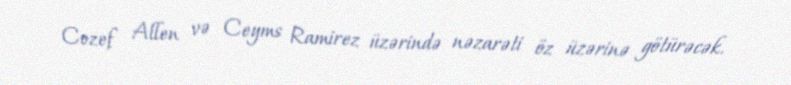
Cozef Allen və Ceyms Ramirez üzərində nəzarəti öz üzərinə götürəcək.